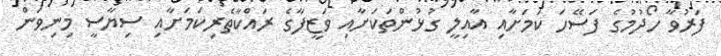
ފަރުވާ ހޯދުމުގެ ފަސޭހަ ކަމަށާއި އާއިލީ ގުޅުންތަކަށާއި ވަޒީފާގެ ރައްކާތެރިކަމަށާއި ސިޔާސީ މިނިވަން